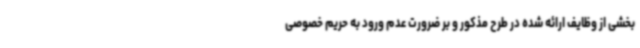
بخشی از وظایف ارائه شده در طرح مذکور و بر ضرورت عدم ورود به حریم خصوصی